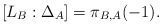
\begin{align*}[L_B:\Delta_A]=\pi_{B,A}(-1). \end{align*}